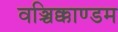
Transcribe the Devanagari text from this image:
वञ्चिक्काण्डम